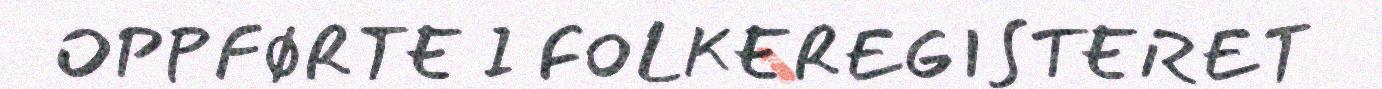
OPPFØRTE I FOLKEREGISTERET